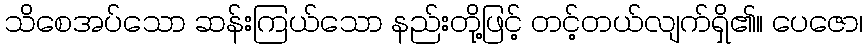
သိစေအပ်သော ဆန်းကြယ်သော နည်းတို့ဖြင့် တင့်တယ်လျက်ရှိ၏။ ပေဇော၊